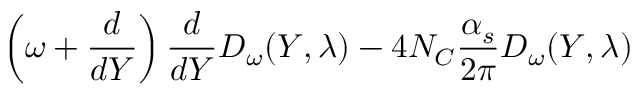
\left( \omega + \frac { d } { d Y } \right) \frac { d } { d Y } D _ { \omega } ( Y , \lambda ) - 4 N _ { C } \frac { \alpha _ { s } } { 2 \pi } D _ { \omega } ( Y , \lambda )